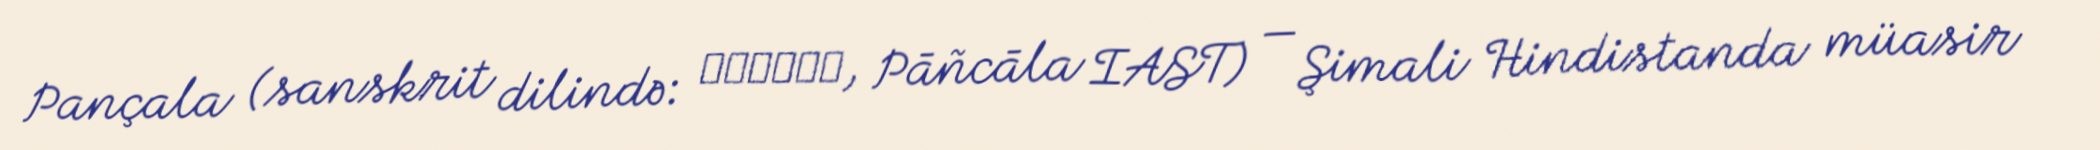
Pançala (sanskrit dilində: पांचाल, Pāñcāla IAST) — Şimali Hindistanda müasir